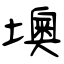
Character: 墺